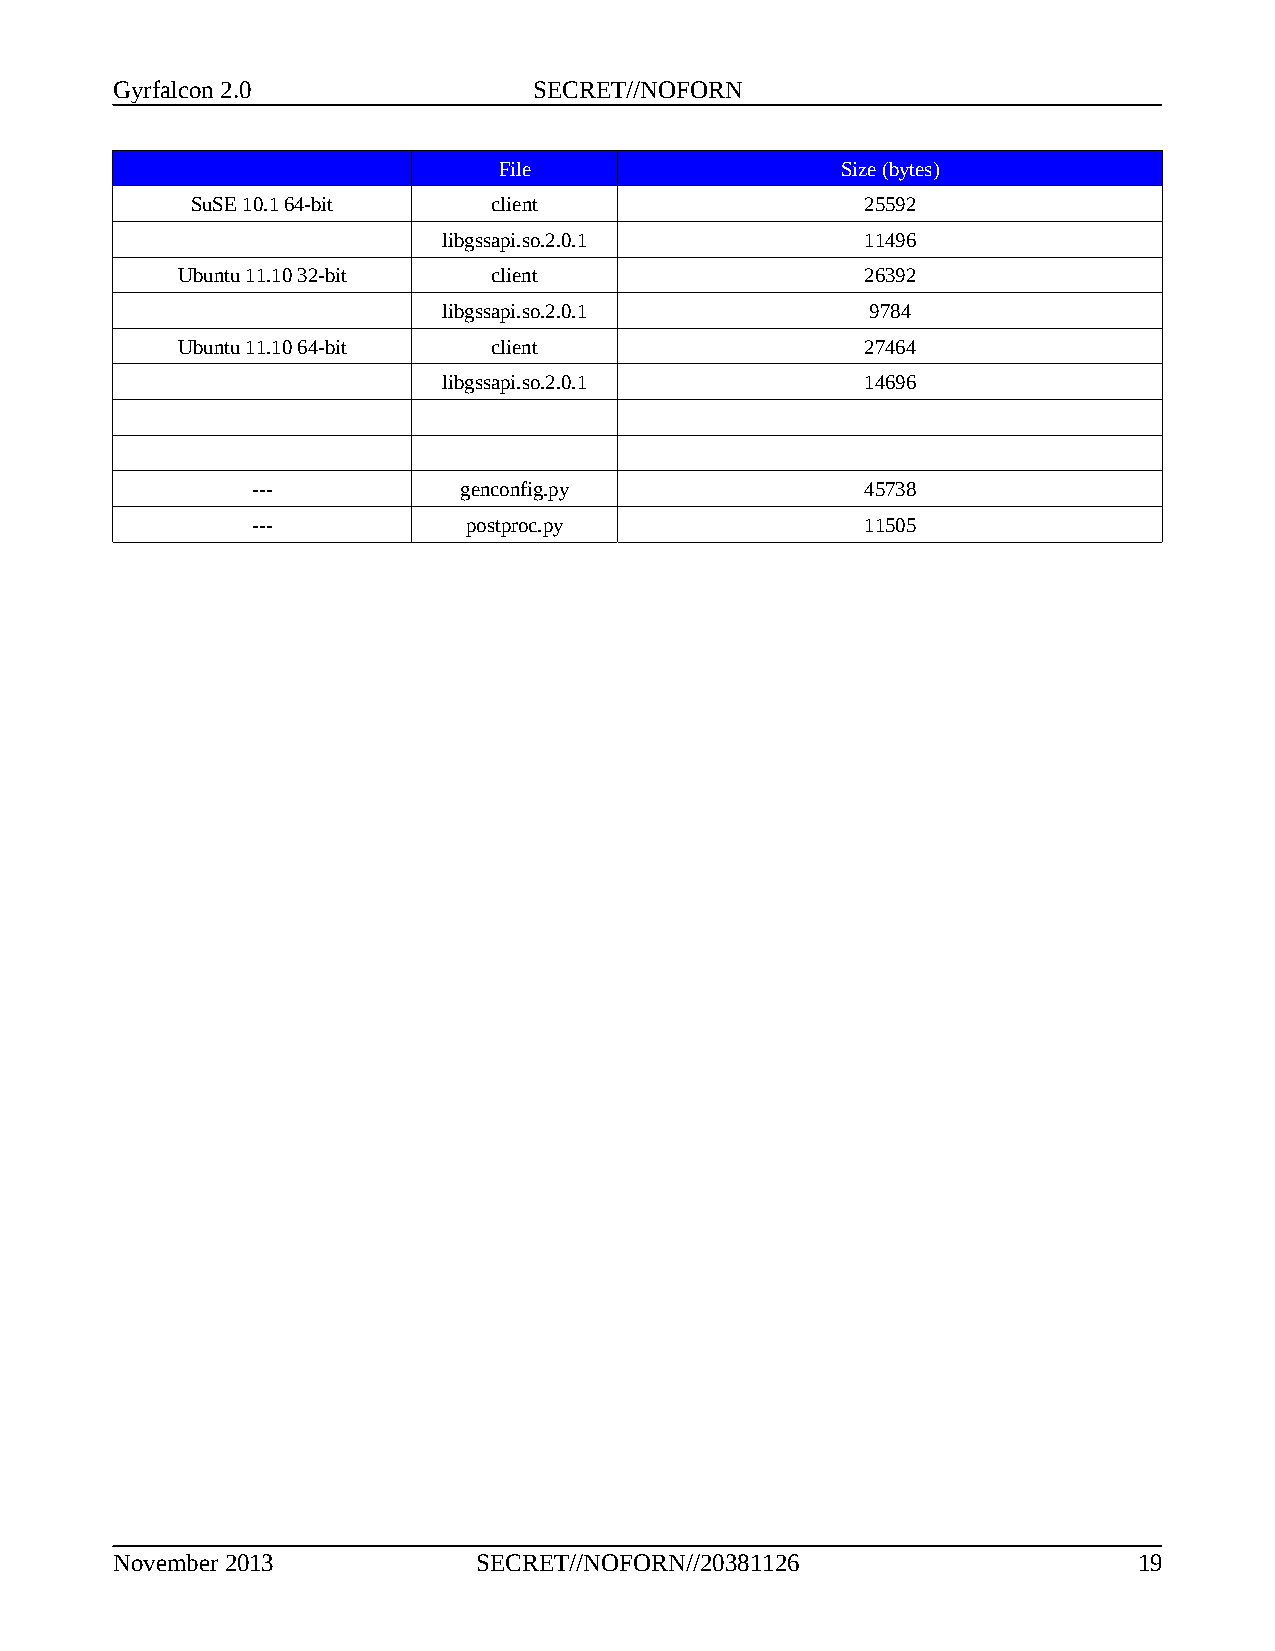
Gyrfalcon 2.0               SECRET//NOFORN
 File                   Size (bytes)
 SuSE 10.1 64-bit    client                  25592
 libgssapi.so.2.0.1          11496
 Ubuntu 11.10 32-bit  client                  26392
 libgssapi.so.2.0.1           9784
 Ubuntu 11.10 64-bit  client                  27464
 libgssapi.so.2.0.1          14696
 ---          genconfig.py               45738
 ---           postproc.py               11505
 November 2013            SECRET//NOFORN//20381126                   19